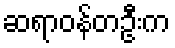
ဆရာဝန်တဦးက